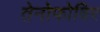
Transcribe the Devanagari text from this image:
तेनोफोविर